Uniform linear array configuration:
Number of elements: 64
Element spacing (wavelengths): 0.5
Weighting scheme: cosine
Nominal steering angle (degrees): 15
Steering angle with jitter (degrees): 13.977
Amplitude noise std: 0.05
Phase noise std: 0.05

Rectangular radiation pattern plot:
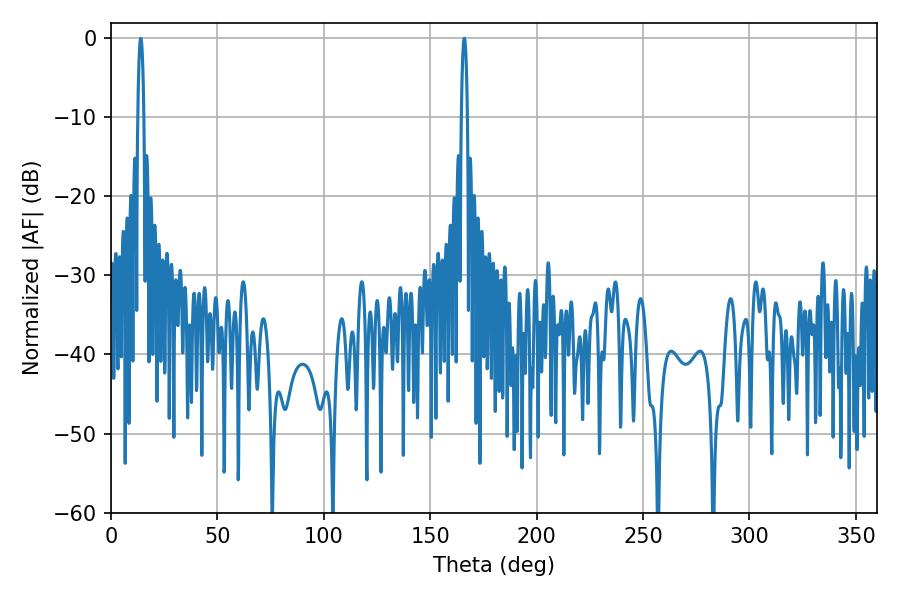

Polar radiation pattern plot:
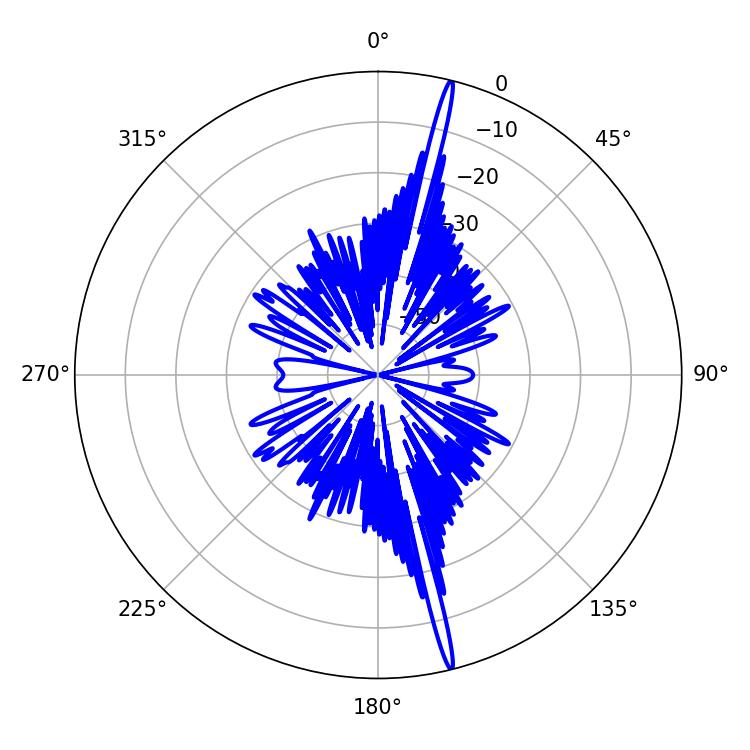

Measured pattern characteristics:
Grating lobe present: FALSE
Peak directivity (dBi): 21.087
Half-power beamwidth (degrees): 1.62
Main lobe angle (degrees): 14.04